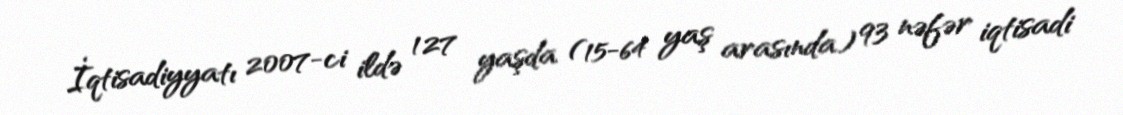
İqtisadiyyatı 2007-ci ildə 127 yaşda (15-64 yaş arasında) 93 nəfər iqtisadi